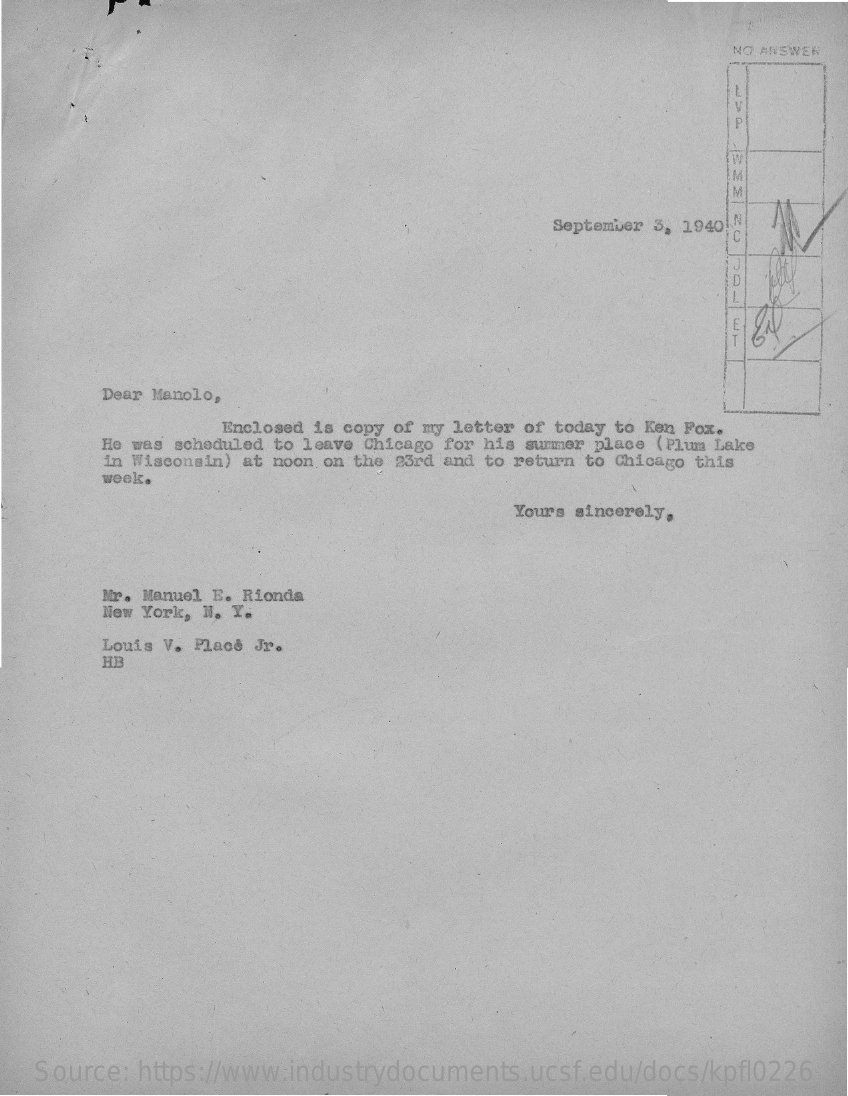
NO ANSWER
     p
     IM
     September 3, 1940IN
     C
     Dear Manolo,
     Enclosed is copy of my letter of today to Ken Fox.
     He was scheduled to leave Chicago for his summer place (Plum Lake
     in Wisconsin) at noon on the 23rd and to return to Chicago this
     week.
     Yours sincerely,
     Mr. Manuel E. Rionda
     New York, N. Y.
     Louis V. Place Jr.
     HB
   Source: https://www.industrydocuments.ucsf.edu/docs/kpfl0226